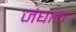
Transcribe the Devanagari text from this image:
जंघाल